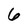
Character: 6